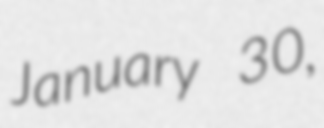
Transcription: January 30,